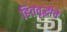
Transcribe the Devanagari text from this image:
हितवृद्धीचे